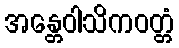
အန္တေဝါသိကဝတ္တံ